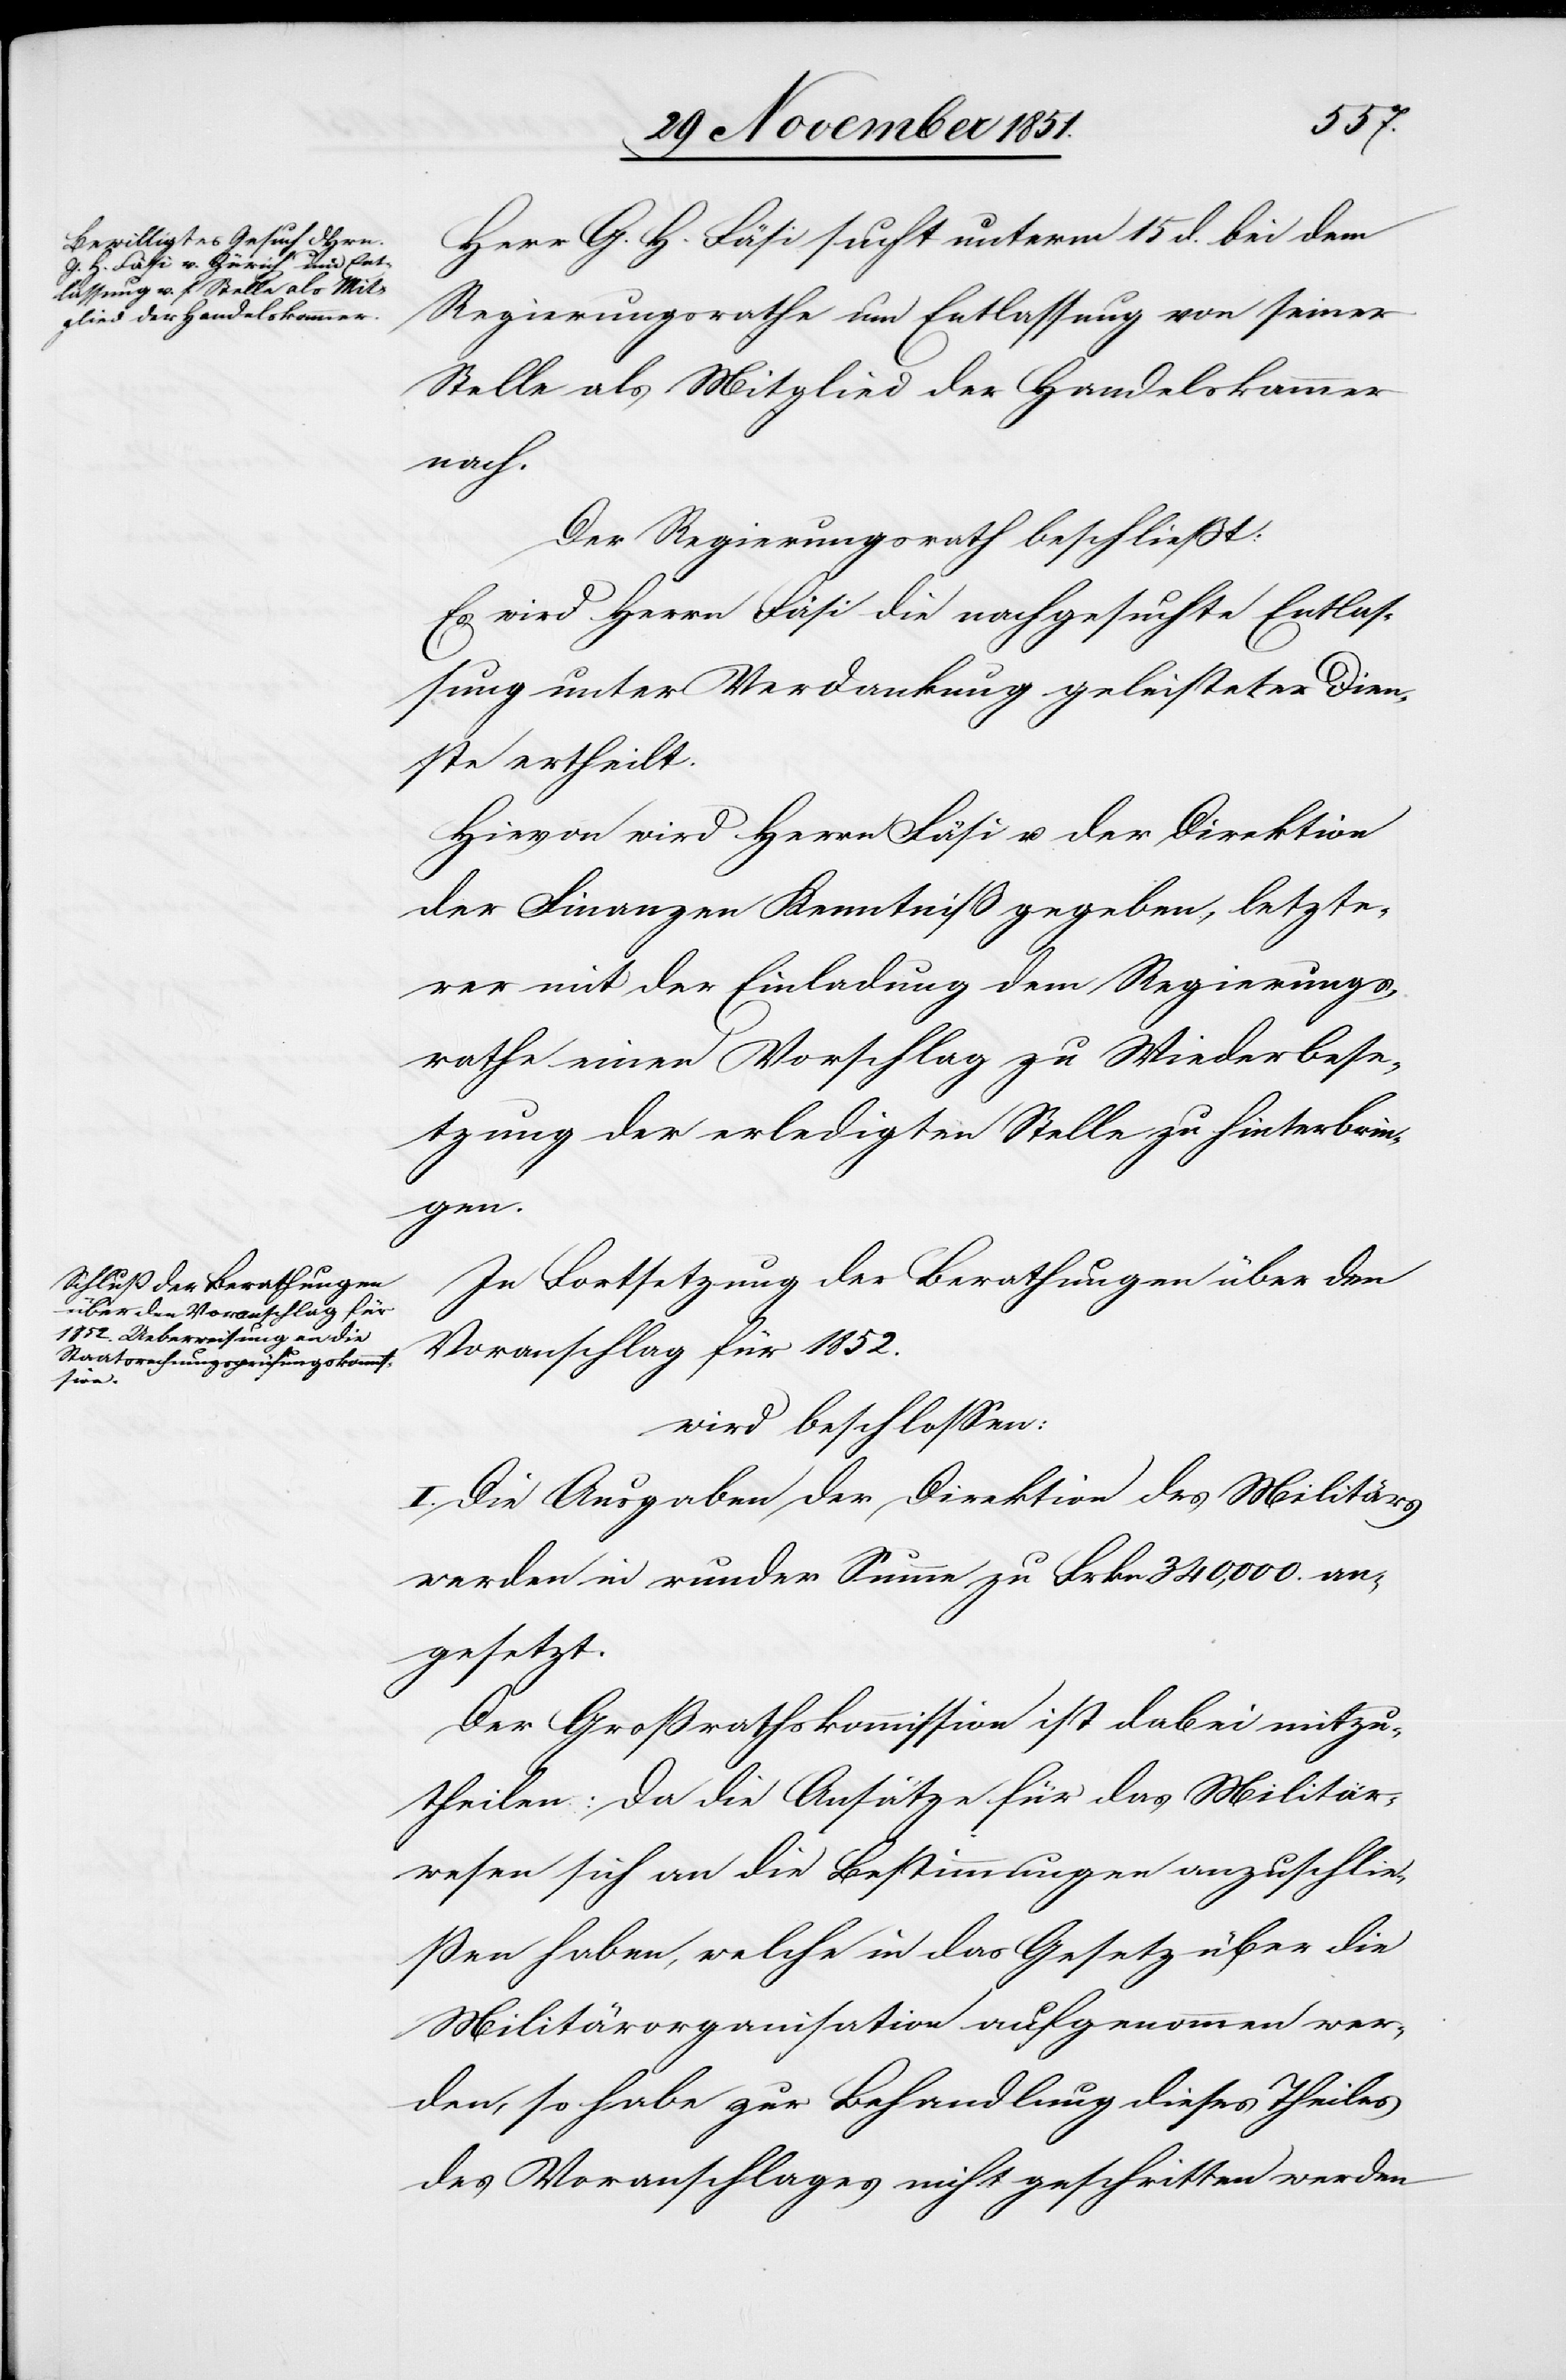
Herr G. H. Fäsi sucht unterm 15 d. bei dem
Regierungsrathe um Entlassung von seiner
Stelle als Mitglied der Handelskammer
nach.
Der Regierungsrath beschließt:
Es wird Herrn Fäsi die nachgesuchte Entlas¬
sung unter Verdankung geleisteter Dien¬
ste ertheilt.
Hievon wird Herrn Fäsi u. der Direktion
der Finanzen Kenntniß gegeben, letzte¬
rer mit der Einladung dem Regierungs¬
rathe einen Vorschlag zu Wiederbese¬
tzung der erledigten Stelle zu hinterbrin¬
gen.
In Fortsetzung der Berathungen über den
Voranschlag für 1852.
wird beschlossen:
I. Die Ausgaben der Direktion des Militärs
werden in runder Summe zu Frkn. 340,000. an¬
gesetzt.
Der Großrathskommission ist dabei mitzu¬
theilen: Da die Ansätze für das Militär¬
wesen sich an die Bestimmungen anzuschlie¬
ßen haben, welche in das Gesetz über die
Militärorganisation aufgenommen wer¬
den, so habe zur Behandlung dieses Theiles
des Voranschlages nicht geschritten werden